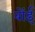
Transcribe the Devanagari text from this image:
बोंई